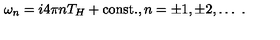
\omega _ { n } = i 4 \pi n T _ { H } + \mathrm { c o n s t . } , n = \pm 1 , \pm 2 , \ldots \ .